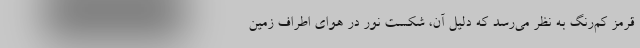
قرمز کم‌رنگ به نظر می‌رسد که دلیل آن، شکست نور در هوای اطراف زمین